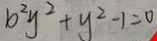
b ^ { 2 } y ^ { 2 } + y ^ { 2 } - 1 = 0